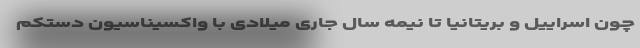
چون اسراییل و بریتانیا تا نیمه سال جاری میلادی با واکسیناسیون دستکم